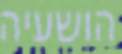
הושעיה